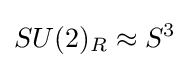
SU(2)_{R}\approx S^{3}